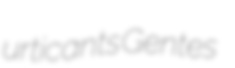
urticants Gentes